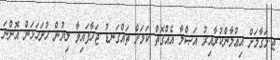
ޖ.މަގާމަށް އިޢުލާންކުރާއިރު އަޞްލާ އެއްގޮތް ކަމަށް ތައްގަނޑު ޖަހާފައިވާ ލިޔުން ހުށަހަޅަން އޮންނަ